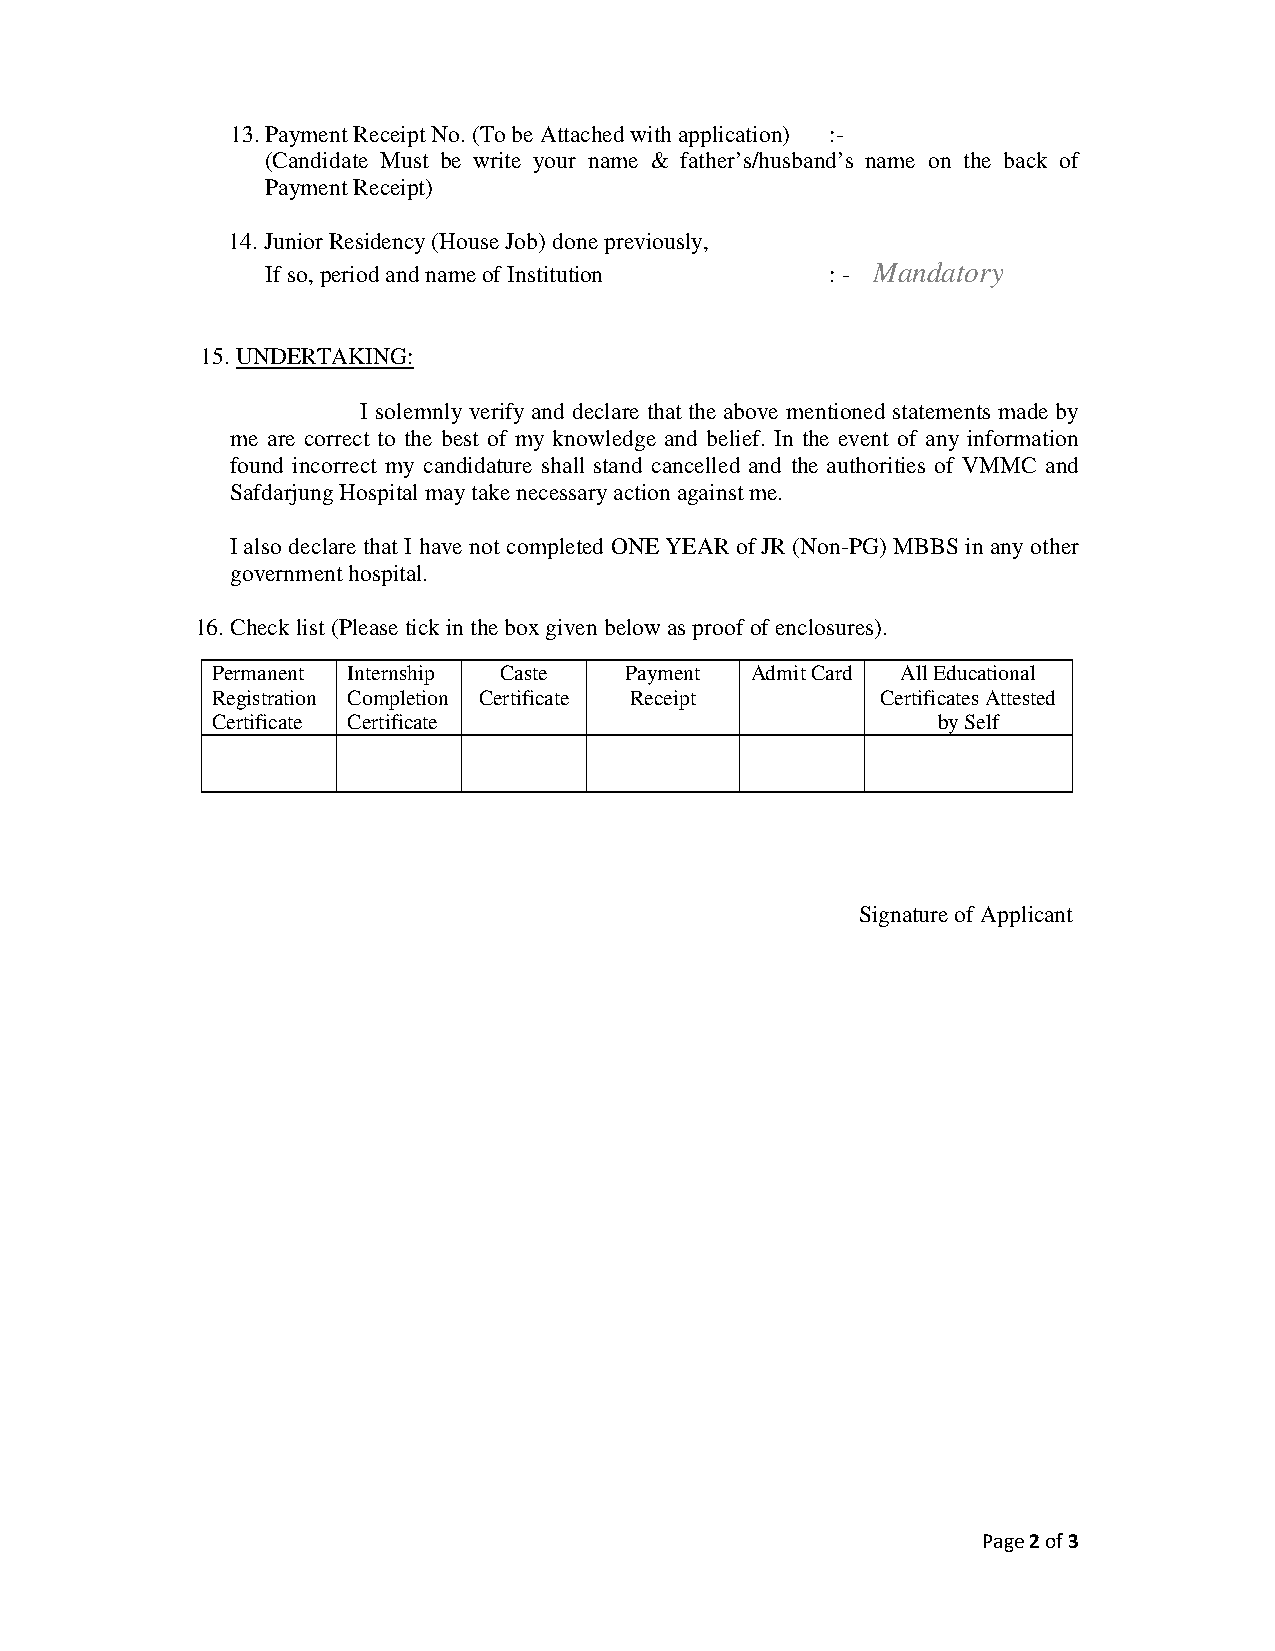
13. Payment Receipt No. (To be Attached with application) :-
 (Candidate Must be write your name & father’s/husband’s name on the back of
 Payment Receipt)
 14. Junior Residency (House Job) done previously,
 If so, period and name of Institution : - Mandatory
 15. UNDERTAKING:
 I solemnly verify and declare that the above mentioned statements made by
 me are correct to the best of my knowledge and belief. In the event of any information
 found incorrect my candidature shall stand cancelled and the authorities of VMMC and
 Safdarjung Hospital may take necessary action against me.
 I also declare that I have not completed ONE YEAR of JR (Non-PG) MBBS in any other
 government hospital.
 16. Check list (Please tick in the box given below as proof of enclosures).
 Permanent Internship Caste Payment  Admit Card All Educational
 Registration Completion Certificate Receipt Certificates Attested
 Certificate Certificate                         by Self
 Signature of Applicant
 Page 2 of 3